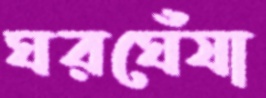
ঘরঘেঁষা